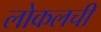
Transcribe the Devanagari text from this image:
लोकलची